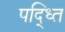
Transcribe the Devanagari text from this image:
पद्ध्ति